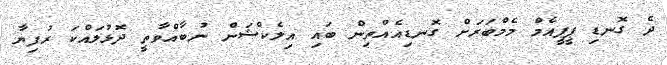
ދެ ގޮނޑި ޕީޕީއެމް މެމްބަރަށް ގޮނޑިއެއްތިން ބައި އިލެކްޝަން ނުބާއްވާތީ ދޮޅުލައްކަ ރުފިޔާ